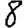
Digit: 8